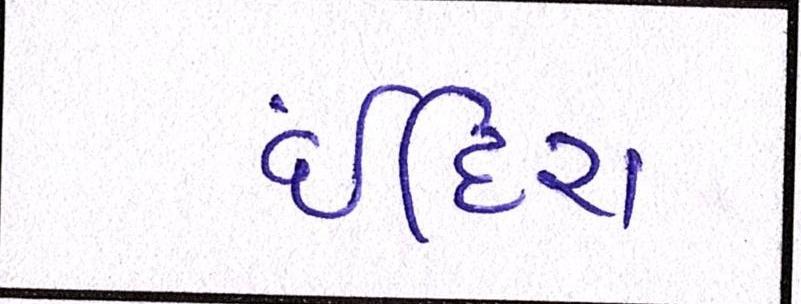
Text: ઈંદિરા